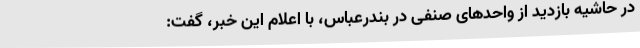
در حاشیه بازدید از واحدهای صنفی در بندرعباس، با اعلام این خبر، گفت: